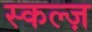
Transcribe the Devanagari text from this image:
स्कल्ज़